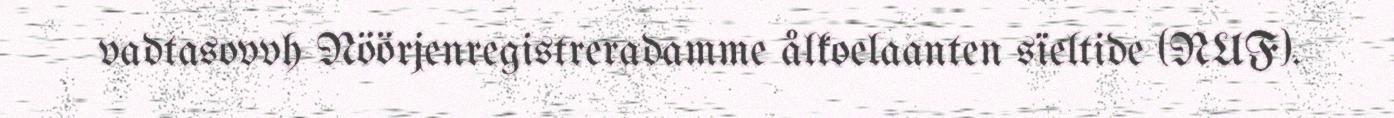
vadtasovvh Nöörjenregistreradamme ålkoelaanten sïeltide (NUF).